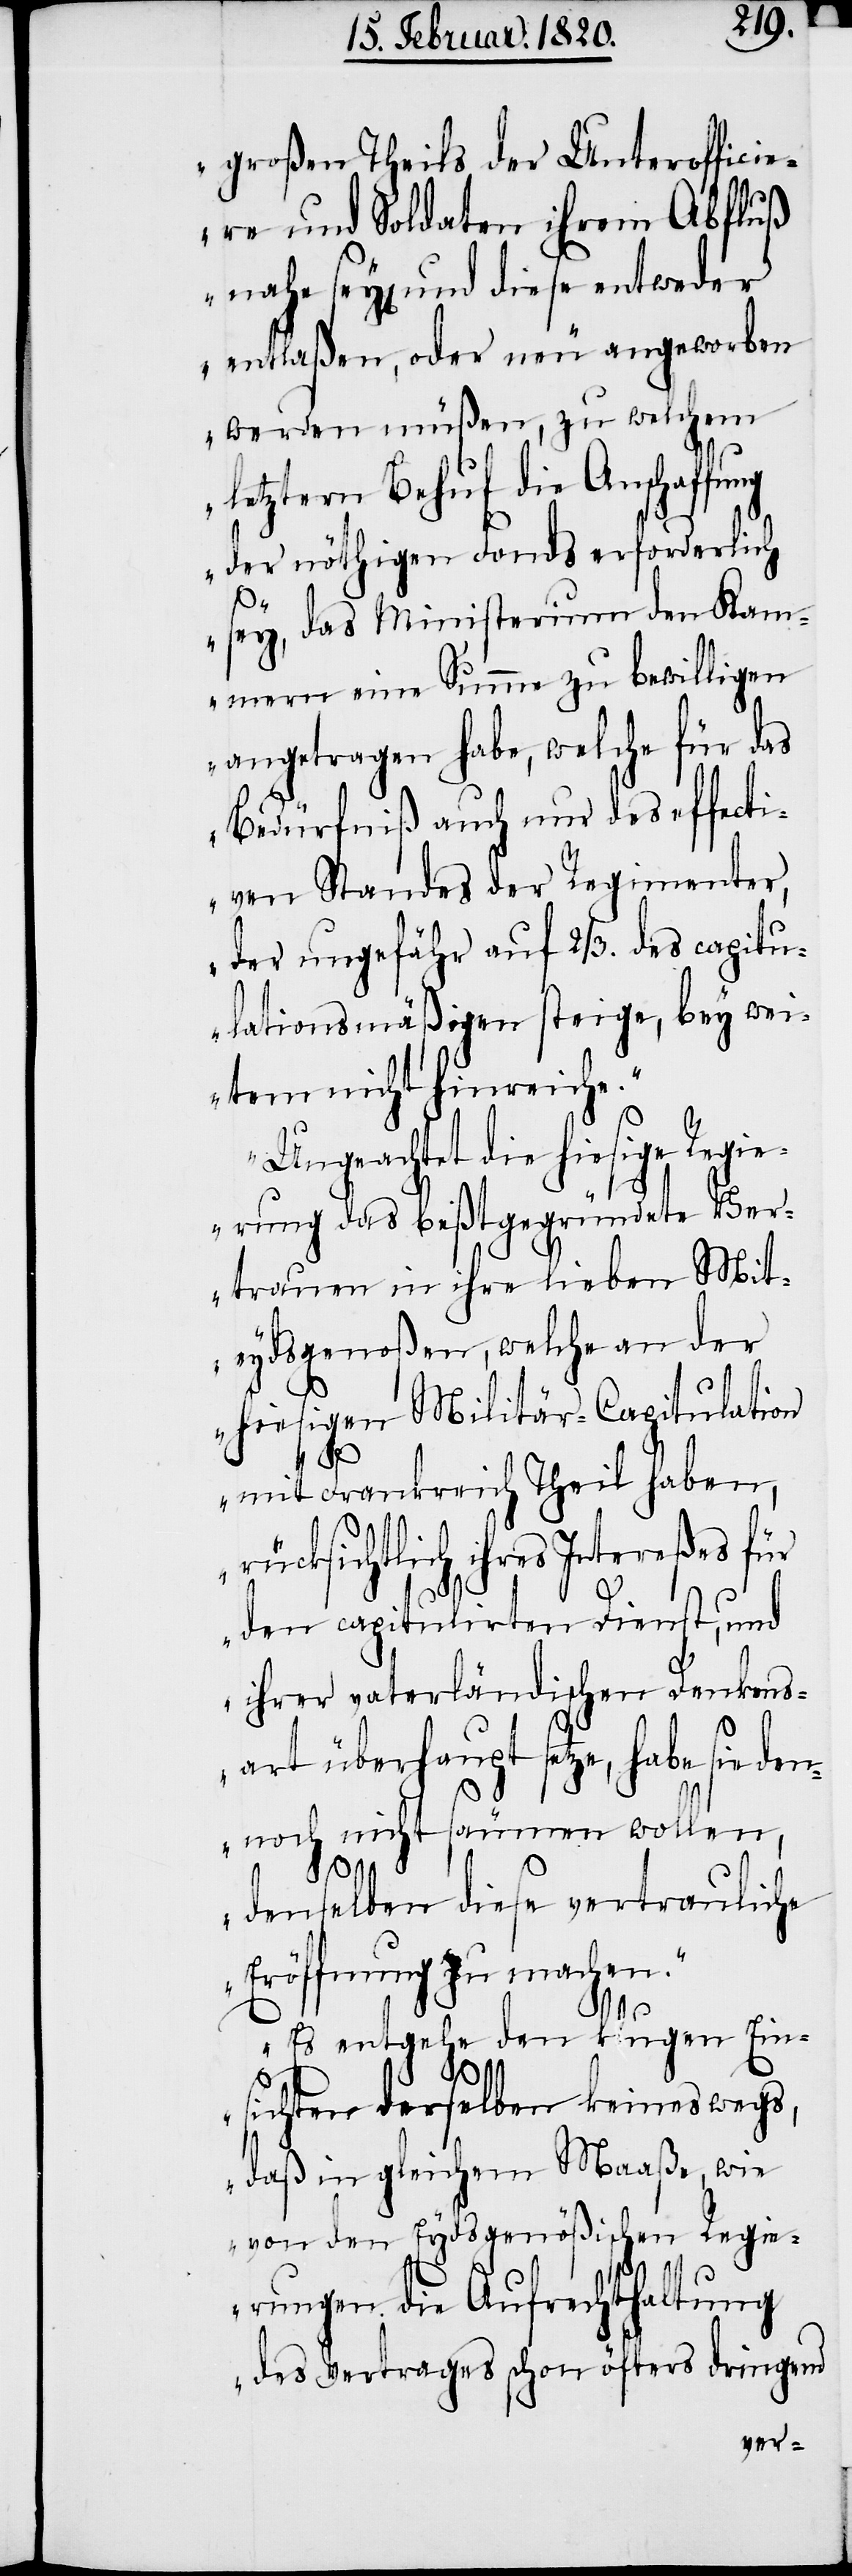
großen Theils der Unterofficie¬
re und Soldaten ihrem Abfluß
sey[en] und diese entweder
entlaßen, oder neu angeworben
werden müßen, zu welchem
letztern Behuf die Anschaffu¬
der nöthigen Fonds erforderlich
sey, das Ministerium den Kam¬
mern eine Summe zu bewilligen
angetragen habe, welche für das
Bedürfniß auch nur des effecti¬
ven Standes der Regimenter,
der ungefähr auf 2/3. des capitu¬
lationsmäßigen steige, bey wei¬
tem nicht hinreiche.“
„Ungeachtet die hiesige Regi¬
erung das beßtgegründete Ver¬
trauen in ihre lieben Mit¬
eydsgenoßen, welche an der
hiesigen Militär-Capitulation
mit Frankreich Theil haben,
rücksichtlich ihres Intereßes für
den capitulirten Dienst, und
ihrer vaterländischen Denkens¬
art überhaupt setze, habe sie de¬
nnoch nicht säumen wollen,
denselben diese vertrauliche
Eröffnung zu machen.“
„Es entgehe den klugen Ein¬
sichten derselben keineswegs,
daß in gleichem Maaße, wie
von den Eydsgenößischen Regie¬
rungen die Aufrechthaltung
des Vertrages schon öfters dringend

ng